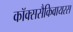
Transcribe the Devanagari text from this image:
कॉक्ससैकिवायरस